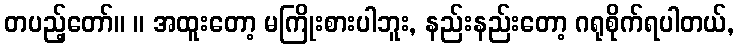
တပည့်တော်။ ။ အထူးတော့ မကြိုးစားပါဘူး, နည်းနည်းတော့ ဂရုစိုက်ရပါတယ်,